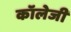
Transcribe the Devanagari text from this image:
कॉलेजी